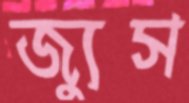
জ্যুস